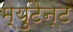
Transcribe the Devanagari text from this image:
म्युटैन्ट